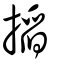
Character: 搯